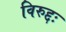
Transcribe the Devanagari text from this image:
विरुद्दः